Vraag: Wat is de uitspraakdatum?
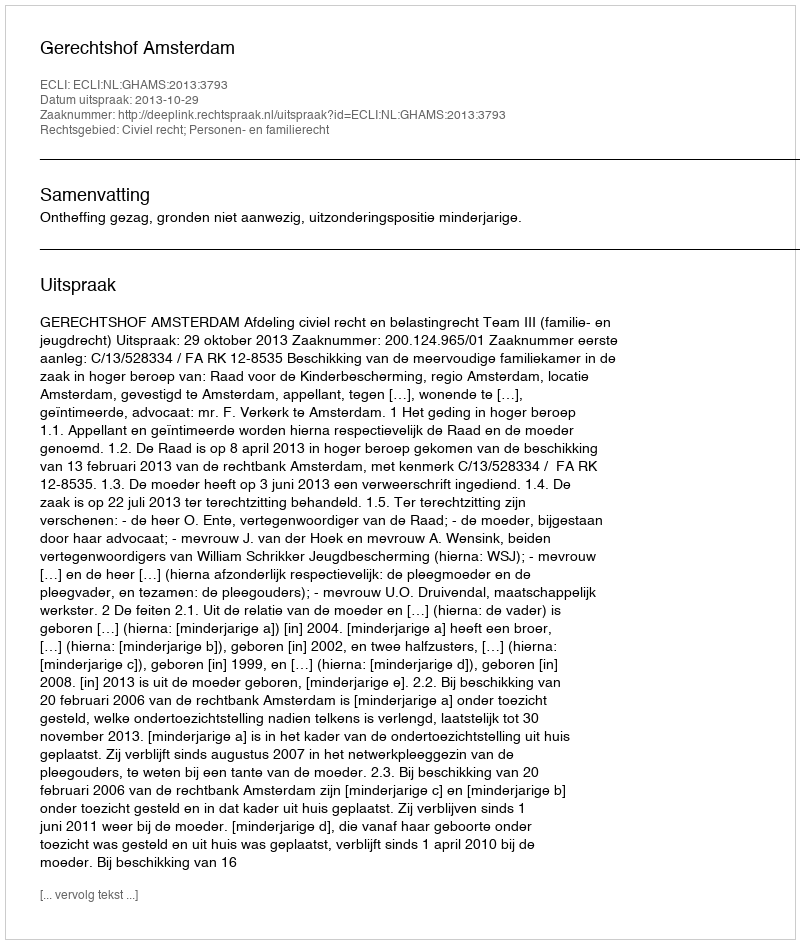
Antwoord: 2013-10-29